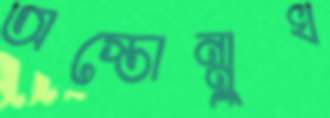
অস্তোন্মুখ